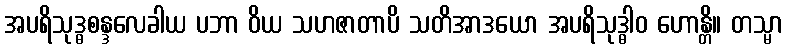
အပရိသုဒ္ဓစန္ဒလေခါယ ပဘာ ဝိယ သဟဇာတာပိ သတိအာဒယော အပရိသုဒ္ဓါဝ ဟောန္တိ။ တသ္မာ